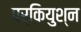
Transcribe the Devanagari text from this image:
पर्कियुश्न